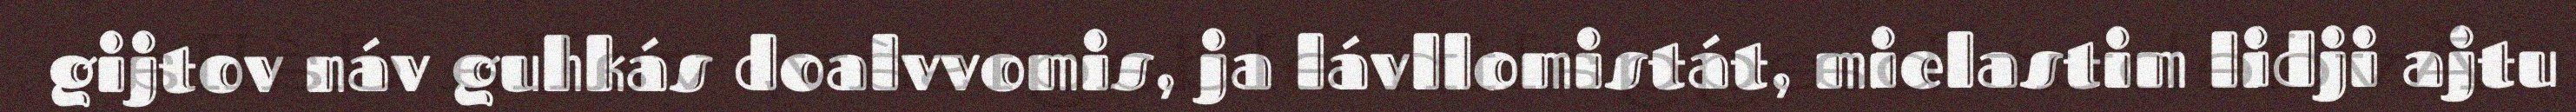
gijtov náv guhkás doalvvomis, ja lávllomistát, mielastim lidji ajtu